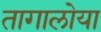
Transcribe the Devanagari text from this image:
तागालोया